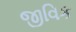
જીવિક